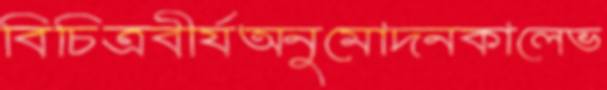
বিচিত্রবীর্যঅনুমোদনকালেভ